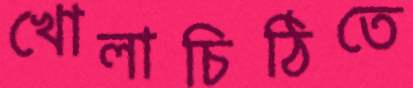
খোলাচিঠিতে